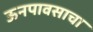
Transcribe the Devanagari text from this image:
ऊनपावसाचा